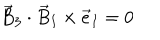
{ \vec { B } } _ { 3 } \cdot { \vec { B } } _ { I } \times { \vec { e } } _ { I } = 0